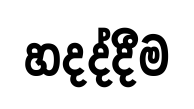
හදද්දීම